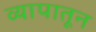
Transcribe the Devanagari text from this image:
व्यापातून